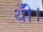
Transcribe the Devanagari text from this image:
थीँ।